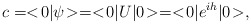
\begin{align*}c = <\!0|\psi\!> = <\!0|U|0\!> = <\!0|e^{ih}|0\!>, \end{align*}